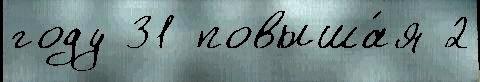
году 31 повыша́я 2